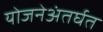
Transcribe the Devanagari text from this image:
योजनेअंतर्घत